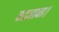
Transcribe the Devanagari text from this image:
पढवावा।